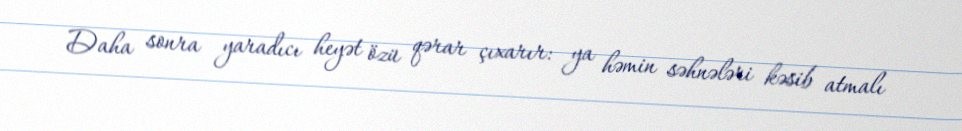
Daha sonra yaradıcı heyət özü qərar çıxarır: ya həmin səhnələri kəsib atmalı